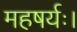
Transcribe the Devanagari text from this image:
महषर्यः।